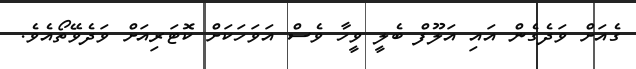
ގެއަށް ވަދެގެން އައި އަލޫފް ބެލީ ވީހާ ވެސް އަވަހަކަށް ކޮޓަރިއަށް ވަދެވޭތޯއެވެ.